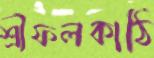
শ্রীফলকাঠি